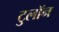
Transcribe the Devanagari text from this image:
टुलॉन